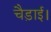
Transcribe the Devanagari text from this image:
चैड़ाई।